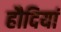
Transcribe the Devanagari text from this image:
हौदियां